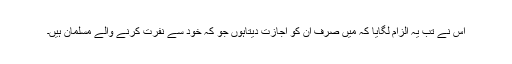
اس نے تب یہ الزام لگایا کہ میں صرف ان کو اجازت دیتاہوں جو کہ خود سے نفرت کرنے والے مسلمان ہیں۔